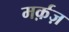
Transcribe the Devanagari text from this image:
मर्क़ज़